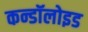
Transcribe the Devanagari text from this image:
कन्डॉलोइड